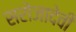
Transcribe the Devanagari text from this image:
सरोजादेवी